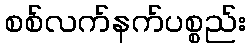
စစ်လက်နက်ပစ္စည်း